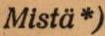
Mistä*)